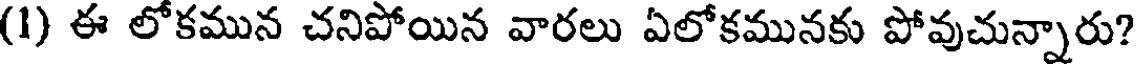
(1) ఈ లోకమున చనిపోయిన వారలు ఏలోకమునకు పోవుచున్నారు?